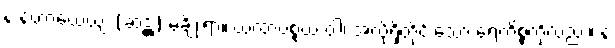
န နဟာယေယျ (ဆဋ္ဌ) မချိုးရာ။ ယထာပစ္စယံ ဝါ၊ အလိုရှိတိုင်းသော ရေကိစ္စကိုလည်း။ န